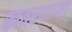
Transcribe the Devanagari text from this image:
खबरदार्‍या